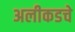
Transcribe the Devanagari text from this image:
अलीकडचे